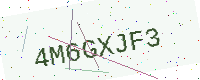
Text: 4M6GXJF3